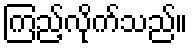
ကြည့်လိုက်သည်။